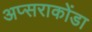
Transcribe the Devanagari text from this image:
अप्सराकोंडा